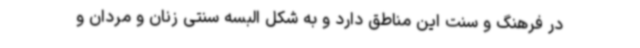
در فرهنگ و سنت این مناطق‌ دارد و به شکل البسه سنتی زنان و مردان و